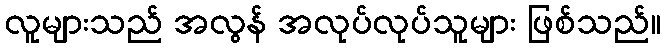
လူများသည် အလွန် အလုပ်လုပ်သူများ ဖြစ်သည်။